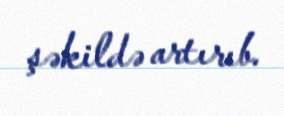
şəkildə artırıb.